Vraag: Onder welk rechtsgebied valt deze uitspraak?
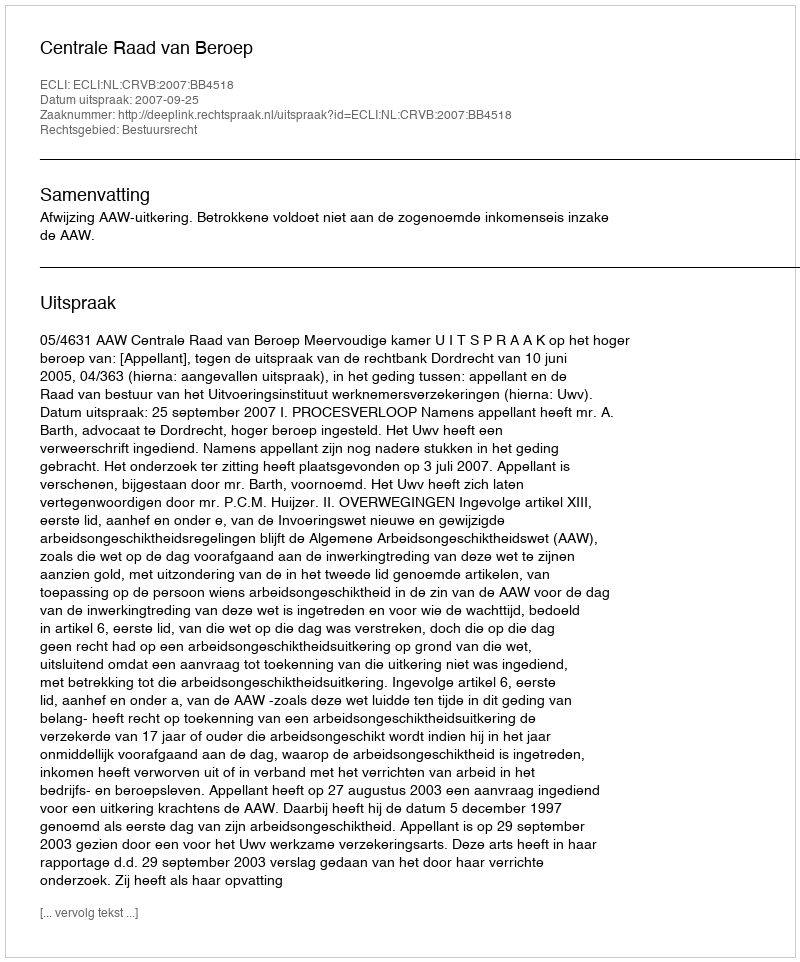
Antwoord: Bestuursrecht